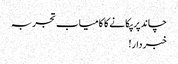
چاند پر پکانے کا کامیاب تجربہ
خبردار!